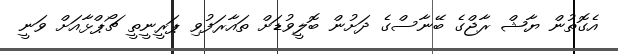
އެގޮތުން ޔާޝް ރާޖްގެ ބޭނާސްގެ ދަށުން ބޮލީވުޑަށް ތައާރަފުވި ޕަރީނީތީ ޗޯޕްޅާއަށް ވަނީ